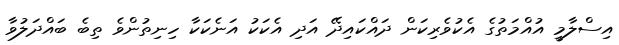
އިސްލާމީ އުއްމަތުގެ އެކުވެރިކަން ދައްކައިދޭ އަދި އެކަކު އަނެކަކާ ހިނިތުންވެ ތިބެ ބައްދަލުވާ